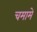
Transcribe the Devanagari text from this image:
चमामे